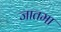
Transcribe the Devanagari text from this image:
जातमा